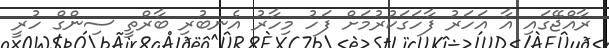
ރާއްޖޭގައި އާ އަހަރު ފާހަގަކުރުމަށް ފަހު މިހާރު އެނބުރި ބާރްތީ ސިންގް ހުރީ